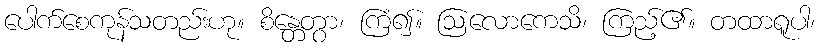
ပေါက်စေကုန်သတည်းဟု။ စိန္တေတွာ၊ ကြံ၍။ ဩလောကေသိ၊ ကြည့်၏။ တထာရူပါ၊